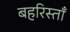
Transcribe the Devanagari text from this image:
बहरिस्ताँ